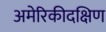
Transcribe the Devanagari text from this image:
अमेरिकीदक्षिण